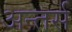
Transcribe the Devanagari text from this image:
अन्तर्स